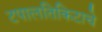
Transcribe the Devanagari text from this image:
टपालतिकिटाचे